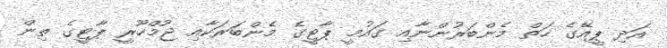
އަދި ޕީއޭގެ ހަތް މެންބަރުންނާއި ގައުމީ ޕާޓީގެ މެންބަރަކާއި ޖުމްހޫރީ ޕާޓީގެ ތިން